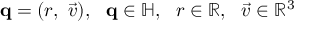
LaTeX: \mathbf { q } = ( r , \ { \vec { v } } ) , ~ ~ \mathbf { q } \in \mathbb { H } , ~ ~ r \in \mathbb { R } , ~ ~ { \vec { v } } \in \mathbb { R } ^ { 3 }